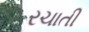
રચાતી